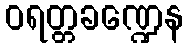
ဝရတ္တခဏ္ဍေန